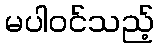
မပါဝင်သည့်